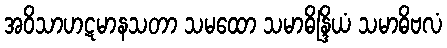
အဝိသာဟဋမာနသတာ သမထော သမာဓိန္ဒြိယံ သမာဓိဗလံ